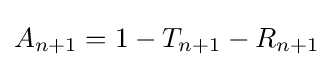
A_{n+1}=1-T_{n+1}-R_{n+1}